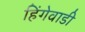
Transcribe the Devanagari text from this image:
हिंगेवाडी